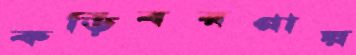
কড়িবরগায়